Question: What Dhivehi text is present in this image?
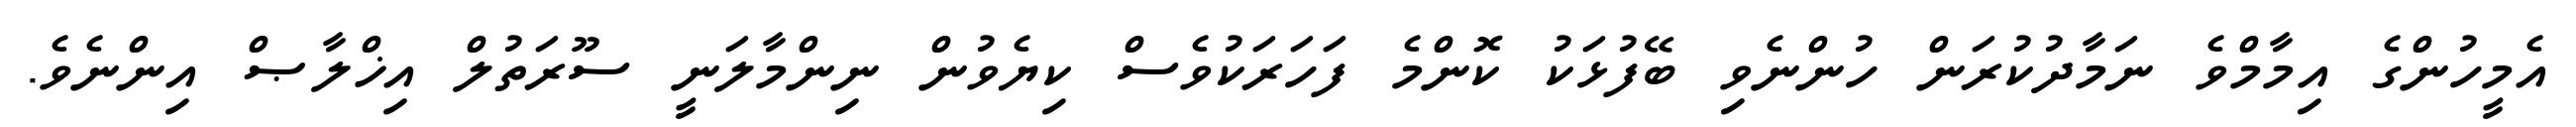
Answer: އެމީހުންގެ އިމާމްވެ ނަމާދުކުރަން ހުންނެވި ބޭފުޅަކު ކޮންމެ ފަހަރަކުވެސް ކިޔެވުން ނިންމާލަނީ ސޫރަތުލް އިޚްލާޞް އިންނެވެ.